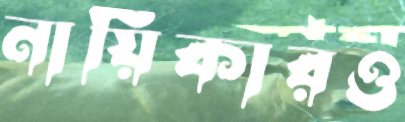
নায়িকারও